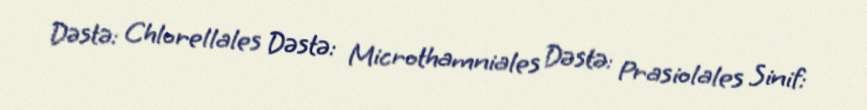
Dəstə: Chlorellales Dəstə: Microthamniales Dəstə: Prasiolales Sinif: